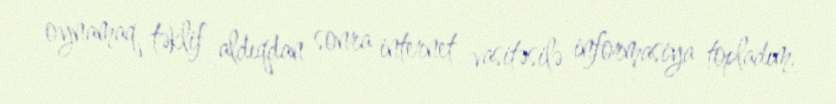
oynamaq təklif aldıqdan sonra internet vasitəsilə informasiya topladım.